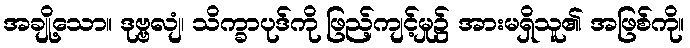
အချို့သော။ ဒုဗ္ဗလျံ၊ သိက္ခာပုဒ်ကို ဖြည့်ကျင့်မှု၌ အားမရှိသူ၏ အဖြစ်ကို။